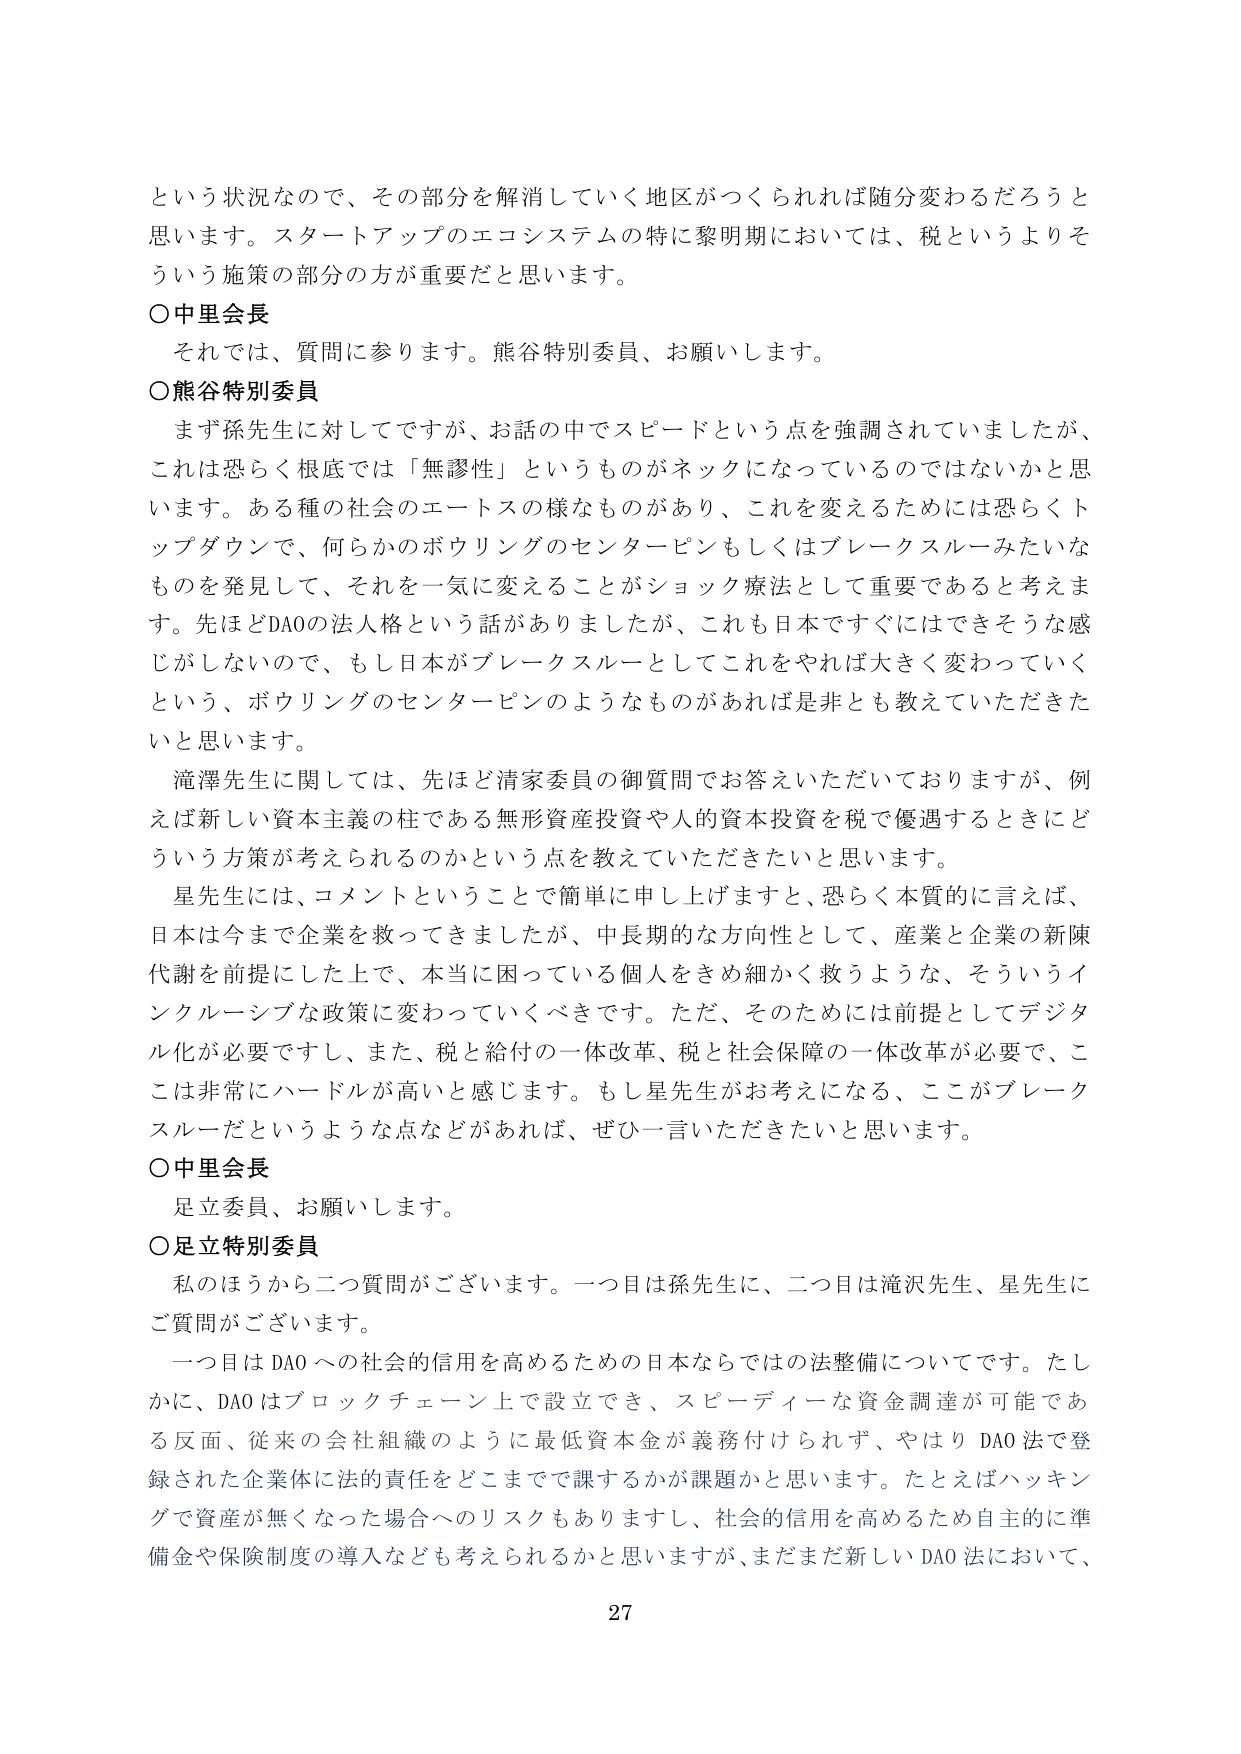
という状況なので、その部分を解消していく地区がつくられれば随分変わるだろうと思います。スタートアップのエコシステムの特に黎明期においては、税というよりそういう施策の部分の方が重要だと思います。

○中里会長
　それでは、質問に参ります。熊谷特別委員、お願いします。

○熊谷特別委員
　まず孫先生に対してですが、お話の中でスピードという点を強調されていましたが、これは恐らく根底では「無謬性」というものがネックになっているのではないかと思います。ある種の社会のエートスの様なものがあり、これを変えるためには恐らくトップダウンで、何らかのボウリングのセンターピンもしくはブレックスルーみたいなものを発見して、それを一気に変えることがショック療法として重要であると考えます。先ほどDAOの法人格という話がありましたが、これも日本ですぐにはできそうな感じがしないので、もし日本がブレックスルーとしてこれをやれば大きく変わっていくという、ボウリングのセンターピンのようなものがあれば是非とも教えていただきたいと思います。
　滝澤先生に関しては、先ほど清家委員の御質問でお答えいただいておりますが、例えば新しい資本主義の柱である無形資産投資や人的資本投資を税で優遇するときにどういう方策が考えられるのかという点を教えていただきたいと思います。
　星先生には、コメントということで簡単に申し上げますと、恐らく本質的に言えば、日本は今まで企業を救ってきましたが、中長期的な方向性として、産業と企業の新陳代謝を前提にした上で、本当に困っている個人をきめ細かく救うような、そういうインクルーシブな政策に変わっていくべきです。ただ、そのためには前提としてデジタル化が必要ですし、また、税と給付の一体改革、税と社会保障の一体改革が必要で、ここは非常にハードルが高いと感じます。もし星先生がお考えになる、ここがブレックスルーだというような点などがあれば、ぜひ一言いただきたいと思います。

○中里会長
　足立委員、お願いします。

○足立特別委員
　私のほうから二つ質問がございます。一つ目は孫先生に、二つ目は滝沢先生、星先生にご質問がございます。
　一つ目はDAOへの社会的信用を高めるための日本ならではの法整備についてです。たしかに、DAOはブロックチェーン上で設立でき、スピーディーな資金調達が可能である反面、従来の会社組織のように最低資本金が義務付けられず、やはりDAO法で登録された企業体に法的責任をどこまでで課するかが課題かと思います。たとえばハッキングで資産が無くなった場合へのリスクもありますし、社会的信用を高めるため自主的に準備金や保険制度の導入なども考えられるかと思いますが、まだまだ新しいDAO法において、

27